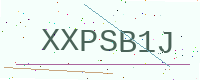
Text: XXPSB1J